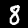
Label: 8